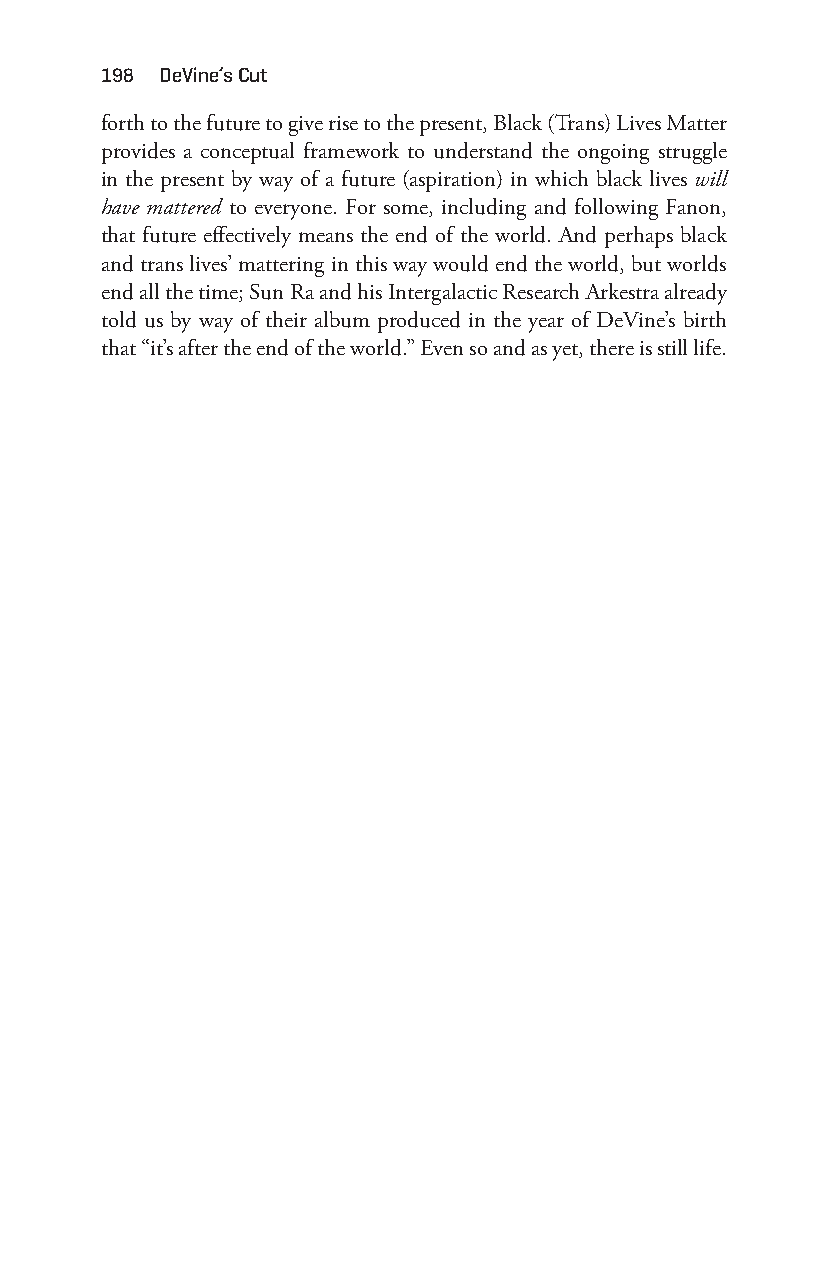
198 deVine’s cut
 forth to the future to give rise to the present, Black (Trans) Lives Matter
 provides a conceptual framework to understand the ongoing struggle
 in the present by way of a future (aspiration) in which black lives will
 have mattered to everyone. For some, including and following Fanon,
 that future effectively means the end of the world. And perhaps black
 and trans lives’ mattering in this way would end the world, but worlds
 end all the time; Sun Ra and his Intergalactic Research Arkestra already
 told us by way of their album produced in the year of DeVine’s birth
 that “it’s after the end of the world.” Even so and as yet, there is still life.
 Snorton.indd 198                            29/09/2017 8:41:10 AM